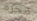
مجرم